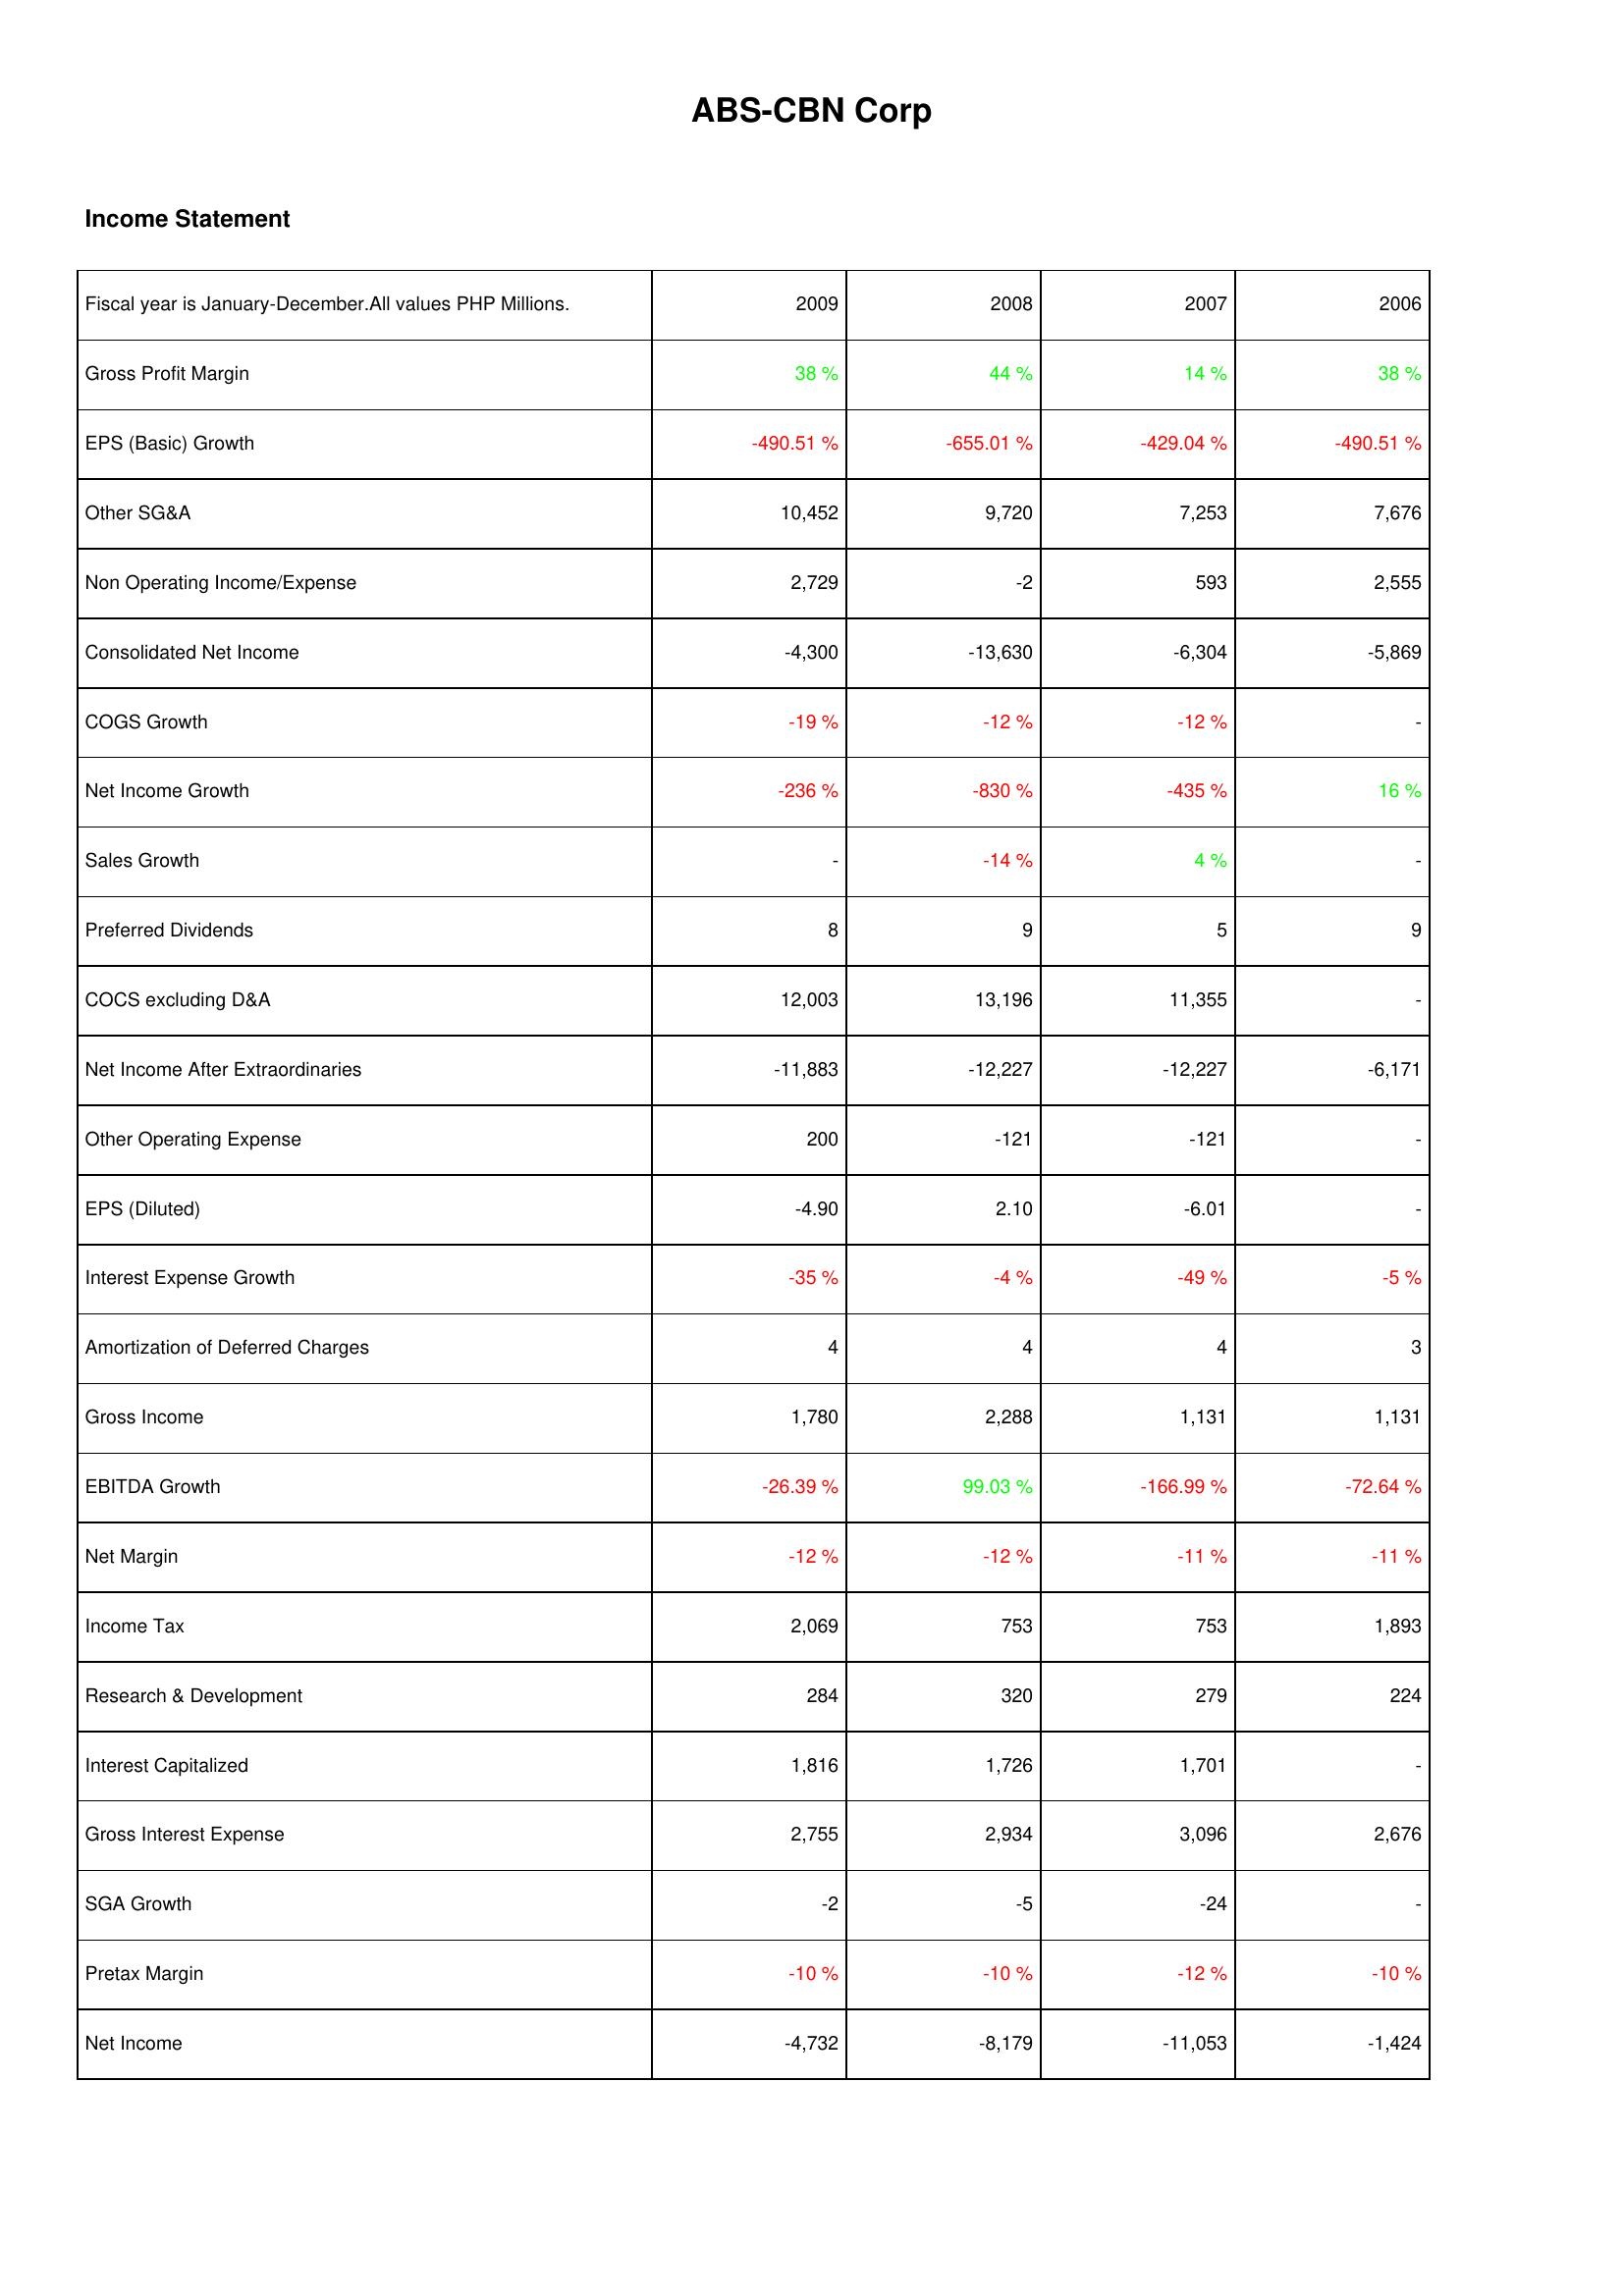
2009: Income Statement: Gross Profit Margin: 38 %
EPS (Basic) Growth: -490.51 %
Other SG&A: 10,452
Non Operating Income/Expense: 2,729
Consolidated Net Income: -4,300
COGS Growth: -19 %
Net Income Growth: -236 %
Sales Growth: -
Preferred Dividends: 8
COCS excluding D&A: 12,003
Net Income After Extraordinaries: -11,883
Other Operating Expense: 200
EPS (Diluted): -4.90
Interest Expense Growth: -35 %
Amortization of Deferred Charges: 4
Gross Income: 1,780
EBITDA Growth: -26.39 %
Net Margin: -12 %
Income Tax: 2,069
Research & Development: 284
Interest Capitalized: 1,816
Gross Interest Expense: 2,755
SGA Growth: -2
Pretax Margin: -10 %
Net Income: -4,732
2008: Income Statement: Gross Profit Margin: 44 %
EPS (Basic) Growth: -655.01 %
Other SG&A: 9,720
Non Operating Income/Expense: -2
Consolidated Net Income: -13,630
COGS Growth: -12 %
Net Income Growth: -830 %
Sales Growth: -14 %
Preferred Dividends: 9
COCS excluding D&A: 13,196
Net Income After Extraordinaries: -12,227
Other Operating Expense: -121
EPS (Diluted): 2.10
Interest Expense Growth: -4 %
Amortization of Deferred Charges: 4
Gross Income: 2,288
EBITDA Growth: 99.03 %
Net Margin: -12 %
Income Tax: 753
Research & Development: 320
Interest Capitalized: 1,726
Gross Interest Expense: 2,934
SGA Growth: -5
Pretax Margin: -10 %
Net Income: -8,179
2007: Income Statement: Gross Profit Margin: 14 %
EPS (Basic) Growth: -429.04 %
Other SG&A: 7,253
Non Operating Income/Expense: 593
Consolidated Net Income: -6,304
COGS Growth: -12 %
Net Income Growth: -435 %
Sales Growth: 4 %
Preferred Dividends: 5
COCS excluding D&A: 11,355
Net Income After Extraordinaries: -12,227
Other Operating Expense: -121
EPS (Diluted): -6.01
Interest Expense Growth: -49 %
Amortization of Deferred Charges: 4
Gross Income: 1,131
EBITDA Growth: -166.99 %
Net Margin: -11 %
Income Tax: 753
Research & Development: 279
Interest Capitalized: 1,701
Gross Interest Expense: 3,096
SGA Growth: -24
Pretax Margin: -12 %
Net Income: -11,053
2006: Income Statement: Gross Profit Margin: 38 %
EPS (Basic) Growth: -490.51 %
Other SG&A: 7,676
Non Operating Income/Expense: 2,555
Consolidated Net Income: -5,869
COGS Growth: -
Net Income Growth: 16 %
Sales Growth: -
Preferred Dividends: 9
COCS excluding D&A: -
Net Income After Extraordinaries: -6,171
Other Operating Expense: -
EPS (Diluted): -
Interest Expense Growth: -5 %
Amortization of Deferred Charges: 3
Gross Income: 1,131
EBITDA Growth: -72.64 %
Net Margin: -11 %
Income Tax: 1,893
Research & Development: 224
Interest Capitalized: -
Gross Interest Expense: 2,676
SGA Growth: -
Pretax Margin: -10 %
Net Income: -1,424